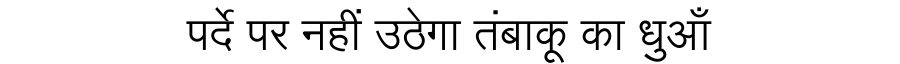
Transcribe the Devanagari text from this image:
पर्दे पर नहीं उठेगा तंबाकू का धुआँ